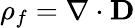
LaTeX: \rho_{f}=\nabla\cdot\mathbf{D}